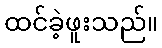
ထင်ခဲ့ဖူးသည်။